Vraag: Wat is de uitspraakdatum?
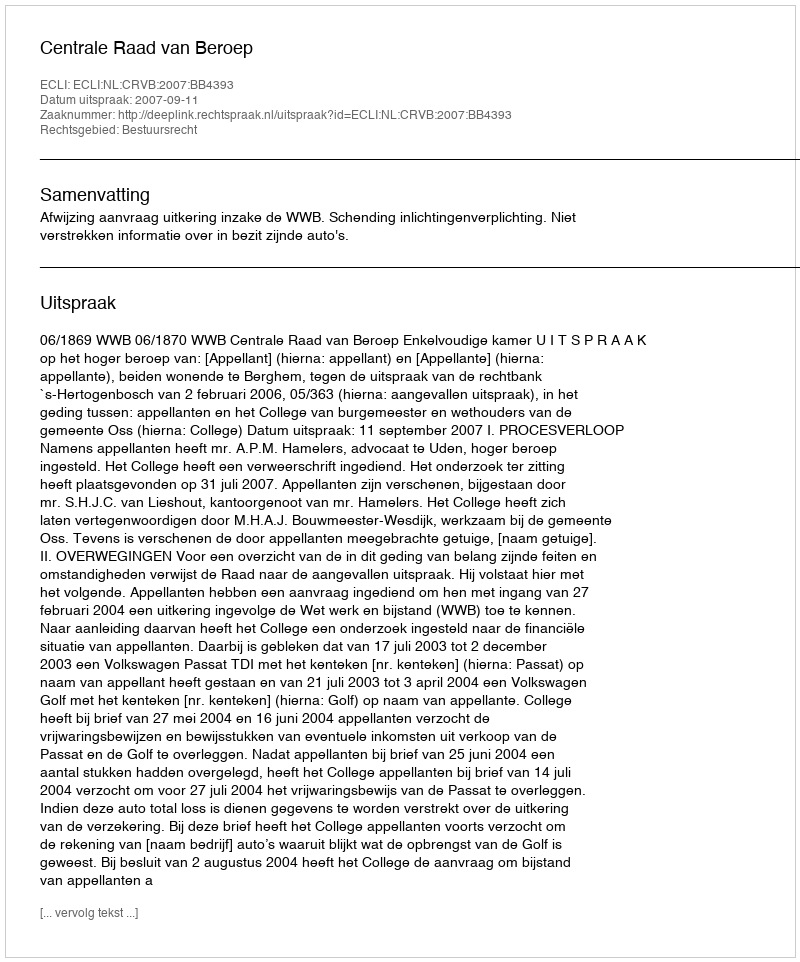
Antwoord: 2007-09-11